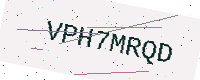
Text: VPH7MRQD